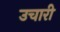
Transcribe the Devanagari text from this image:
उचारी